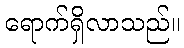
ရောက်ရှိလာသည်။